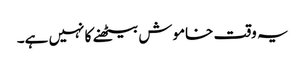
یہ وقت خاموش بیٹھنے کا نہیں ہے۔